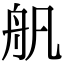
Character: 舤